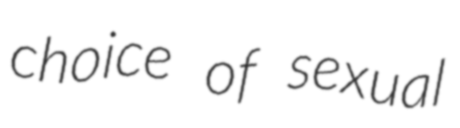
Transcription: choice of sexual